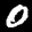
Label: 0